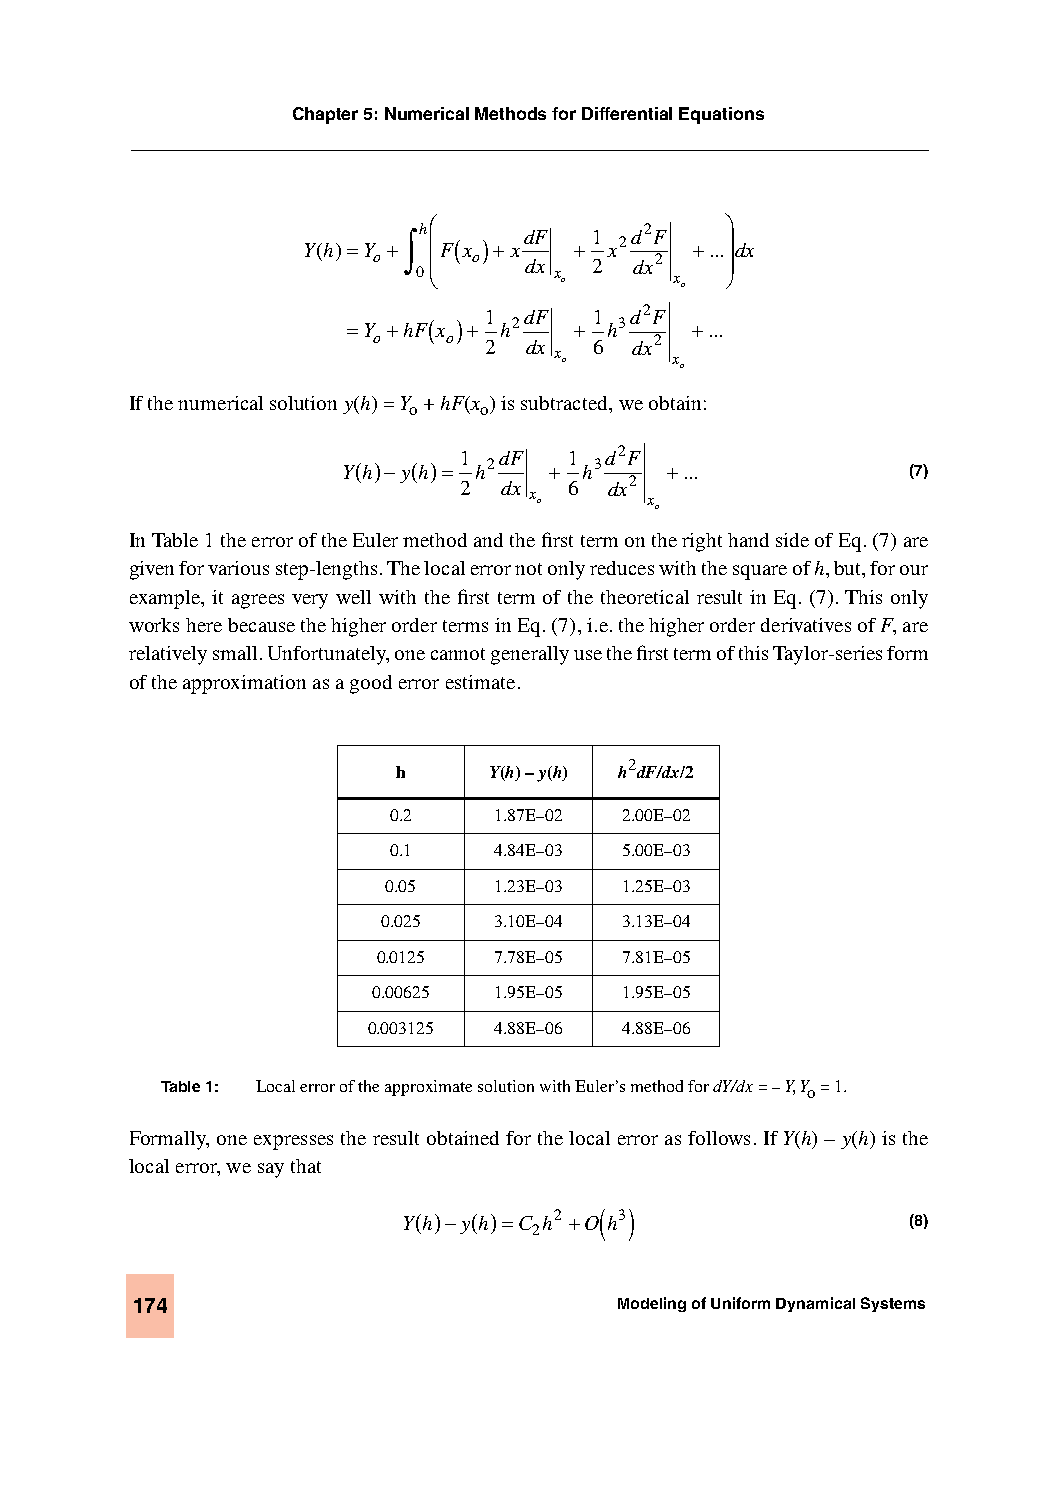
Chapter 5: Numerical Methods for Differential Equations
                    
 Y(h)=Y
 +∫h F(
 x
 ) +xdF +1 x2d2F
 +...dx
 o  0 o  dx
 x o
 2  dx2
 x o
 
 =Y
 +hF(
 x
 ) +1 h2dF +1 h3d2F
 +...
 o    o 2  dx  6  dx2
 x o     x o
 If the numerical solution y(h) = Y + hF(x ) is subtracted, we obtain:
 o    o
 Y( h)−y( h)= 1 h2dF +1 h3d2F +...    (7)
 2 dx   6 dx2
 x o     x o
 In Table 1 the error of the Euler method and the first term on the right hand side of Eq. (7) are
 given for various step-lengths. The local error not only reduces with the square of h, but, for our
 example, it agrees very well with the first term of the theoretical result in Eq. (7). This only
 works here because the higher order terms in Eq. (7), i.e. the higher order derivatives of F, are
 relatively small. Unfortunately, one cannot generally use the first term of this Taylor-series form
 of the approximation as a good error estimate.
 2
 h     Y(h) – y(h) h dF/dx/2
 0.2    1.87E–02 2.00E–02
 0.1    4.84E–03 5.00E–03
 0.05   1.23E–03 1.25E–03
 0.025   3.10E–04 3.13E–04
 0.0125  7.78E–05 7.81E–05
 0.00625 1.95E–05 1.95E–05
 0.003125 4.88E–06 4.88E–06
 Table 1: Local error of the approximate solution with Euler’s method for dY/dx = – Y, Yo = 1.
 Formally, one expresses the result obtained for the local error as follows. If Y(h) – y(h) is the
 local error, we say that
 ( )
 Y( h)−y( h)=C h2 +O h3           (8)
 2
 174                             Modeling of Uniform Dynamical Systems